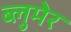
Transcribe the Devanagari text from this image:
ब्लुमेर